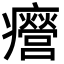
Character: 㿘